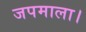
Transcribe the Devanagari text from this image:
जपमाला।